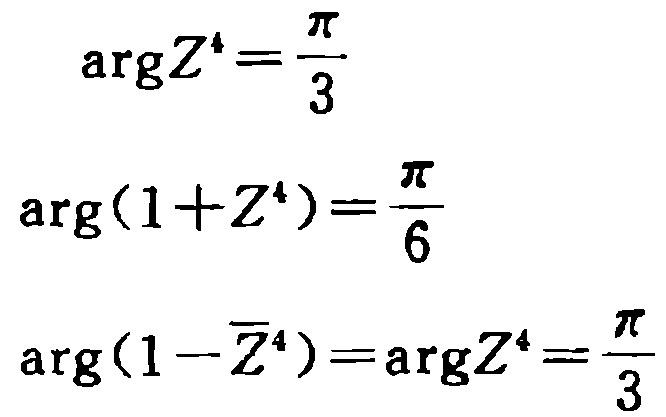
\[
\begin{align*}
\arg Z^{4}&=\frac{\pi}{3}\\
\arg(1 + Z^{4})&=\frac{\pi}{6}\\
\arg(1-\overline{Z}^{4})&=\arg Z^{4}=\frac{\pi}{3}
\end{align*}
\]